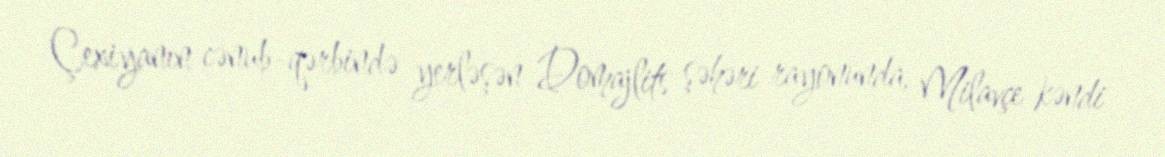
Çexiyanın cənub-qərbində yerləşən Domajlits şəhəri rayonunda, Milavçe kəndi